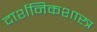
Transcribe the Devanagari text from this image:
दार्शनिकशास्त्र